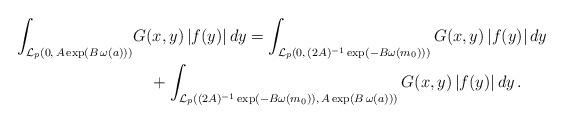
LaTeX: \begin{align*} \int_{\mathcal{L}_{p}\left(0, \,A \exp \left(B\, \omega(a)\right)\right)} &G(x,y)\,|f(y)|\,dy = \int_{\mathcal{L}_{p}\left(0, \,(2A)^{-1}\exp(-B\omega(m_{0}))\right)}G(x,y)\,|f(y)|\,dy \\&\quad+ \int_{\mathcal{L}_{p}\left((2A)^{-1}\exp(-B\omega(m_{0})),\,A \exp \left(B\, \omega(a)\right)\right)}G(x,y)\,|f(y)|\,dy \,.\end{align*}